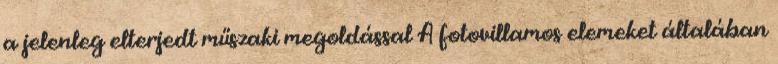
a jelenleg elterjedt műszaki megoldással A fotovillamos elemeket általában